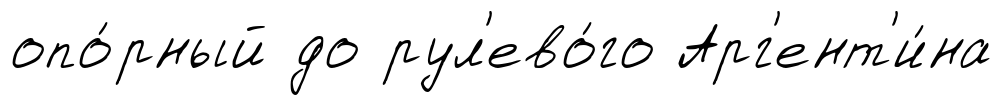
опо́рный до рул'ево́го Арг'ент'и́на